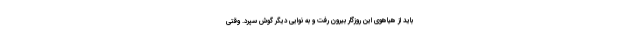
باید از هیاهوی این روزگار بیرون رفت و به نوایی دیگر گوش سپرد. وقتی